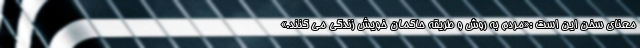
معنای سخن این است :«مردم به روش و طریقه حاکمان خویش زندگی می کنند.»